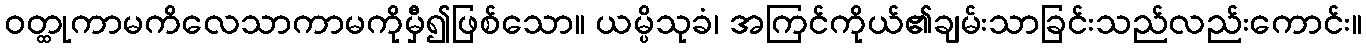
ဝတ္ထုကာမကိလေသာကာမကိုမှီ၍ဖြစ်သော။ ယမ္ပိသုခံ၊ အကြင်ကိုယ်၏ချမ်းသာခြင်းသည်လည်းကောင်း။